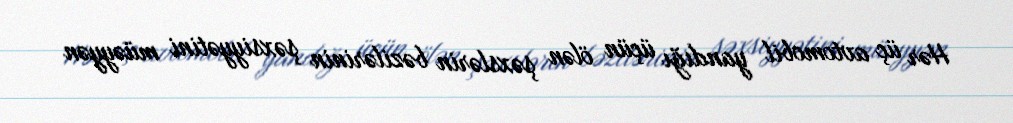
Hər üç avtomobil yandığı üçün ölən şəxslərin bəzilərinin şəxsiyyətini müəyyən